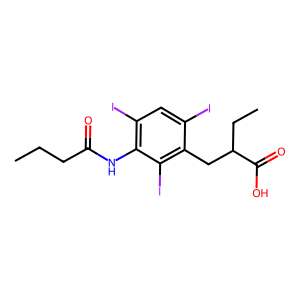
SMILES: CCCC(=O)Nc1c(I)cc(I)c(CC(CC)C(=O)O)c1I
Inhibits HIV replication: No